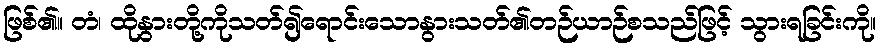
ဖြစ်၏။ တံ၊ ထိုနွားတို့ကိုသတ်၍ရောင်းသောနွားသတ်၏တဉ်ယာဉ်စသည်ဖြင့် သွားရခြင်းကို။